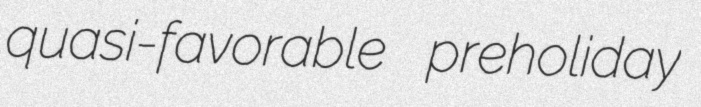
quasi-favorable preholiday